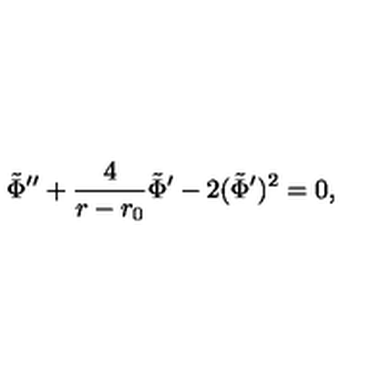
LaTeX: \tilde { \Phi } ^ { \prime \prime } + { \frac { 4 } { r - r _ { 0 } } } \tilde { \Phi } ^ { \prime } - 2 ( \tilde { \Phi } ^ { \prime } ) ^ { 2 } = 0 ,